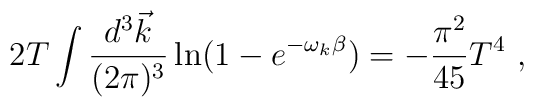
2 T \int {d^3 \vec k\over (2\pi)^3} \ln \bigl( 1 - e^{-\omega_k\beta}\bigr) = - {\pi^2 \over 45} T^4 \ ,